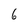
Character: 6